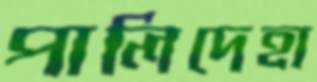
পালিদেহা